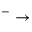
^ - \rightarrow